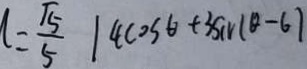
n = \frac { \sqrt { 5 } } { 5 } \vert 4 \cos \theta + 3 \sin ( \theta - 6 )